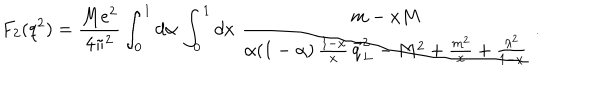
F _ { 2 } ( q ^ { 2 } ) = { \frac { M e ^ { 2 } } { 4 \pi ^ { 2 } } } \int _ { 0 } ^ { 1 } d \alpha \, \int _ { 0 } ^ { 1 } d x \, \, { \frac { m - x M } { \alpha ( 1 - \alpha ) \, { \frac { 1 - x } { x } } \, { \vec { q } } _ { \perp } ^ { 2 } - M ^ { 2 } + { \frac { m ^ { 2 } } { x } } + { \frac { \lambda ^ { 2 } } { 1 - x } } } } \ .